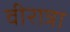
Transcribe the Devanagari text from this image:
वीरात्रा